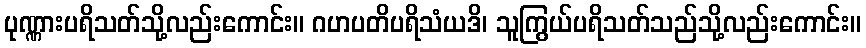
ပုဏ္ဏားပရိသတ်သို့လည်းကောင်း။ ဂဟပတိပရိသံယဒိ၊ သူကြွယ်ပရိသတ်သည်သို့လည်းကောင်း။